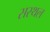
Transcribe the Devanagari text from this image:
सस्थल